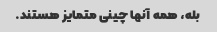
بله، همه آنها چینی متمایز هستند.